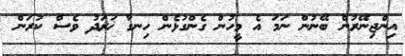
އިންޖިނޭރުން ބޭނުން ނަމަ އެ މީހުން ގެންގުޅެން ހިނގާ ޚަރަދު ވެސް ކުރަން